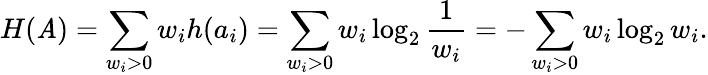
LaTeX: H(\mathit{A})=\sum_{w_{i}>0}w_{i}h(a_{i})=\sum_{w_{i}>0}w_{i}\log_{2}{\frac{{1}}{{w_{i}}}}=-\sum_{w_{i}>0}w_{i}\log_{2}{w_{i}}.